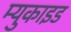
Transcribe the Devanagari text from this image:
म्युकाइड